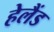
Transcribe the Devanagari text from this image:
हेलैंड